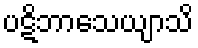
ပဋိဘာသေယျာသိ